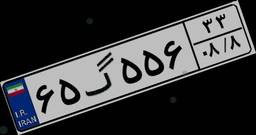
۶۵گ۵۵۶۳۳